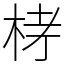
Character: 𣑥